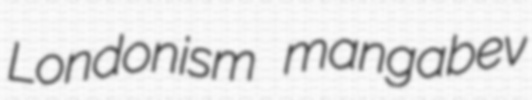
Londonism mangabev